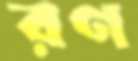
রণ